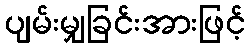
ပျမ်းမျှခြင်းအားဖြင့်